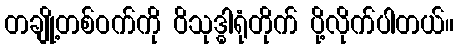
တချို့တစ်ဝက်ကို ဝိသုဒ္ဓါရုံတိုက် ပို့လိုက်ပါတယ်။